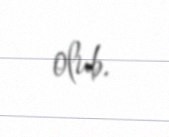
olub.